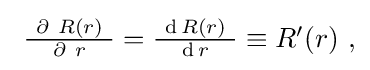
{\textstyle \ {\frac {\ \partial \ R(r)\ }{\partial \ r}}={\frac {\ \operatorname {d} R(r)\ }{\operatorname {d} r}}\equiv R'(r)\ ,}